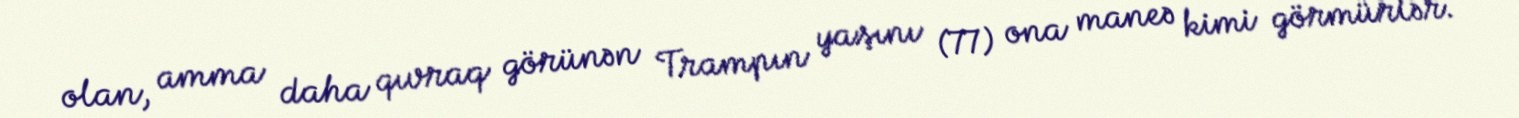
olan, amma daha qıvraq görünən Trampın yaşını (77) ona maneə kimi görmürlər.